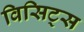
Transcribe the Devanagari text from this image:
विसिट्स